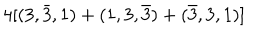
4 [ ( 3 , \bar { 3 } , 1 ) + ( 1 , 3 , \bar { 3 } ) + ( \bar { 3 } , 3 , 1 ) ]